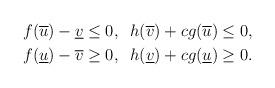
LaTeX: \begin{align*} &f(\overline u)-\underline v\le0 ,\;\;h(\overline v)+cg(\overline u)\le0, \\ &f(\underline u)-\overline v\ge0 ,\;\;h(\underline v)+cg(\underline u)\ge0. \\ \end{align*}